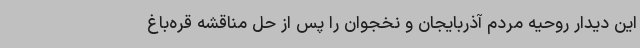
این دیدار روحیه مردم آذربایجان و نخجوان را پس از حل مناقشه قره‌باغ